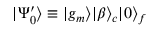
| \Psi _ { 0 } ^ { \prime } \rangle \equiv | g _ { m } \rangle | \beta \rangle _ { c } | 0 \rangle _ { f }